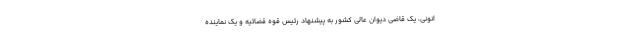
انونی، یک قاضی دیوان عالی کشور به پیشنهاد رئیس قوه قضائیه و یک نماینده